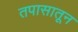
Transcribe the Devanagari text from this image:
तपासातून